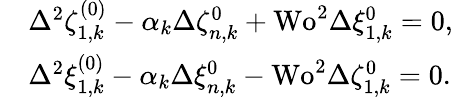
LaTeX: \begin{array}{rl}&{\Delta^{2}\zeta_{1,k}^{(0)}-\alpha_{k}\Delta\zeta_{n,k}^{0}+\textrm{Wo}^{2}\Delta\xi_{1,k}^{0}=0,}\\ &{\Delta^{2}\xi_{1,k}^{(0)}-\alpha_{k}\Delta\xi_{n,k}^{0}-\textrm{Wo}^{2}\Delta\zeta_{1,k}^{0}=0.}\end{array}